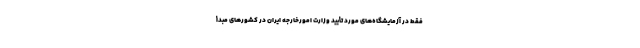
فقط در آزمایشگاه‌های مورد تأیید وزارت امورخارجه ایران در کشورهای مبدأ